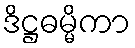
ဒိဋ္ဌဓမ္မိကာ